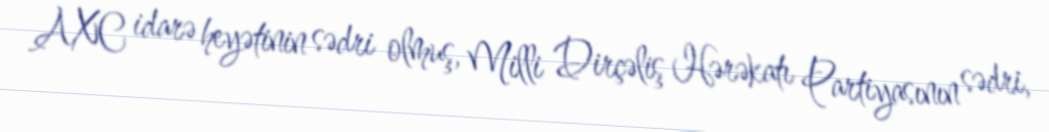
AXC idarə heyətinin sədri olmuş, Milli Dirçəliş Hərəkatı Partiyasının sədri,